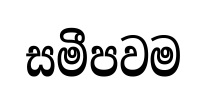
සමීපවම